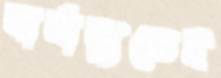
বার্নাব্যুতেই